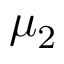
\mu _ { 2 }